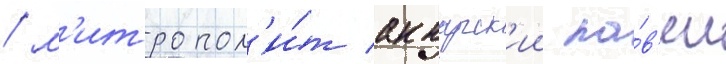
/ м'итропол'и́т аккарск'ии па́в'ел